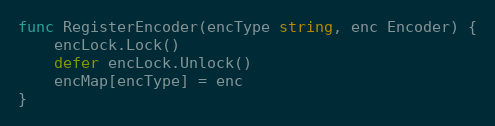
Language: Go
func RegisterEncoder(encType string, enc Encoder) {
	encLock.Lock()
	defer encLock.Unlock()
	encMap[encType] = enc
}